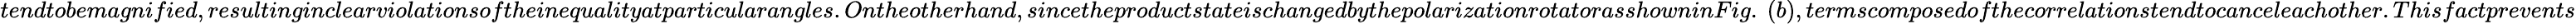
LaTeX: tendtobemagnified,resultinginclearviolationsoftheinequalityatparticularangles.Ontheotherhand,sincetheproductstateischangedbythepolarizationrotatorasshowninFig.~(b),termscomposedofthecorrelationstendtocanceleachother.Thisfactprevents